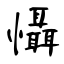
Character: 懾